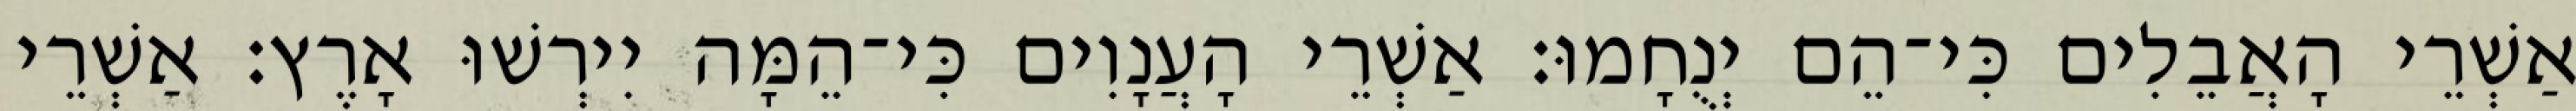
אַשְׁרֵי הָאֲבֵלִים כִּי־הֵם יְנֻחָמוּ׃ אַשְׁרֵי הָעֲנָוִים כִּי־הֵמָּה יִירְשׁוּ אָרֶץ׃ אַשְׁרֵי